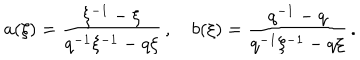
LaTeX: a ( \xi ) = \frac { \xi ^ { - 1 } - \xi } { q ^ { - 1 } \xi ^ { - 1 } - q \xi } \, , \quad b ( \xi ) = \frac { q ^ { - 1 } - q } { q ^ { - 1 } \xi ^ { - 1 } - q \xi } \, .